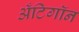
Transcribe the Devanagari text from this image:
अँटिगॉन